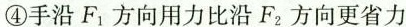
④手沿F_{1}方向用力比沿F2方向更省力